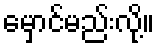
မှောင်မည်းလို့။